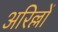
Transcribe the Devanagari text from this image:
अरिल्लों